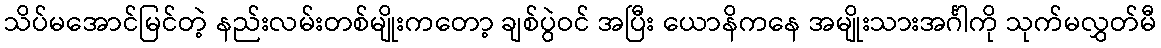
သိပ်မအောင်မြင်တဲ့ နည်းလမ်းတစ်မျိုးကတော့ ချစ်ပွဲဝင် အပြီး ယောနိကနေ အမျိုးသားအင်္ဂါကို သုက်မလွှတ်မီ